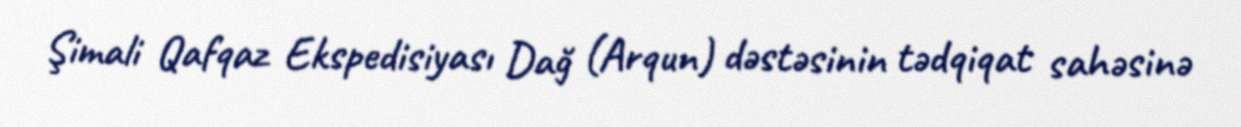
Şimali Qafqaz Ekspedisiyası Dağ (Arqun) dəstəsinin tədqiqat sahəsinə